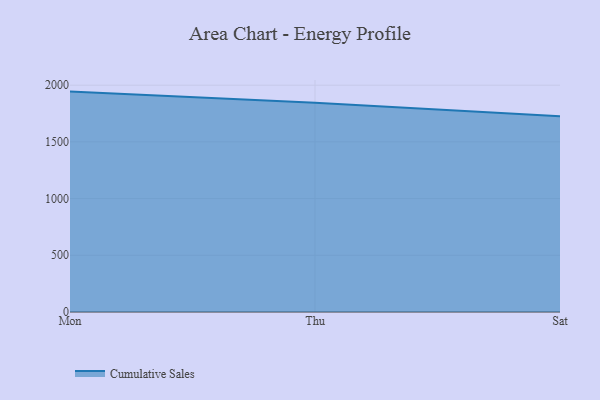
{"axis": {"x": "Day", "y": "Inventory Turnover"}, "legend": ["Cumulative Sales"], "data": [{"x": "Mon", "y": 1943.2, "type": "Cumulative Sales"}, {"x": "Thu", "y": 1844.1, "type": "Cumulative Sales"}, {"x": "Sat", "y": 1724.9, "type": "Cumulative Sales"}]}